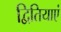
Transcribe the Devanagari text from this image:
द्वितियाएं